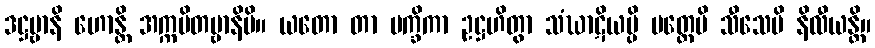
ဒဋ္ဌဗ္ဗာနိ ဟောန္တိ အက္ကမိတဗ္ဗာနိပိ။ ယတော တာ မက္ခိကာ ဥဋ္ဌဟိတွာ သံဃာဋိယမ္ပိ ပတ္တေပိ သီသေပိ နိလီယန္တိ။